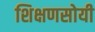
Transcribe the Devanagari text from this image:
शिक्षणसोयी